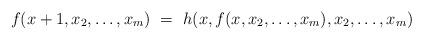
LaTeX: \begin{align*}f(x+1, x_2, \ldots, x_m)\ = \ h(x, f(x, x_2, \ldots, x_m), x_2, \ldots, x_m)\end{align*}